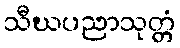
သီဃပညာသုတ္တံ